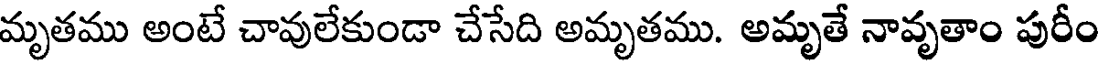
మృతము అంటే చావులేకుండా చేసేది అమృతము. అమృతే నావృతాం పురీం